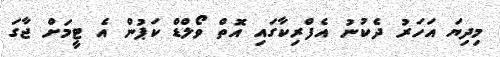
މިދިޔަ އަހަރު ދެކުނު އެފްރިކާގައި އޮތް ވޯލްޑް ކަޕުން އެ ޓީމަށް ޖާގަ